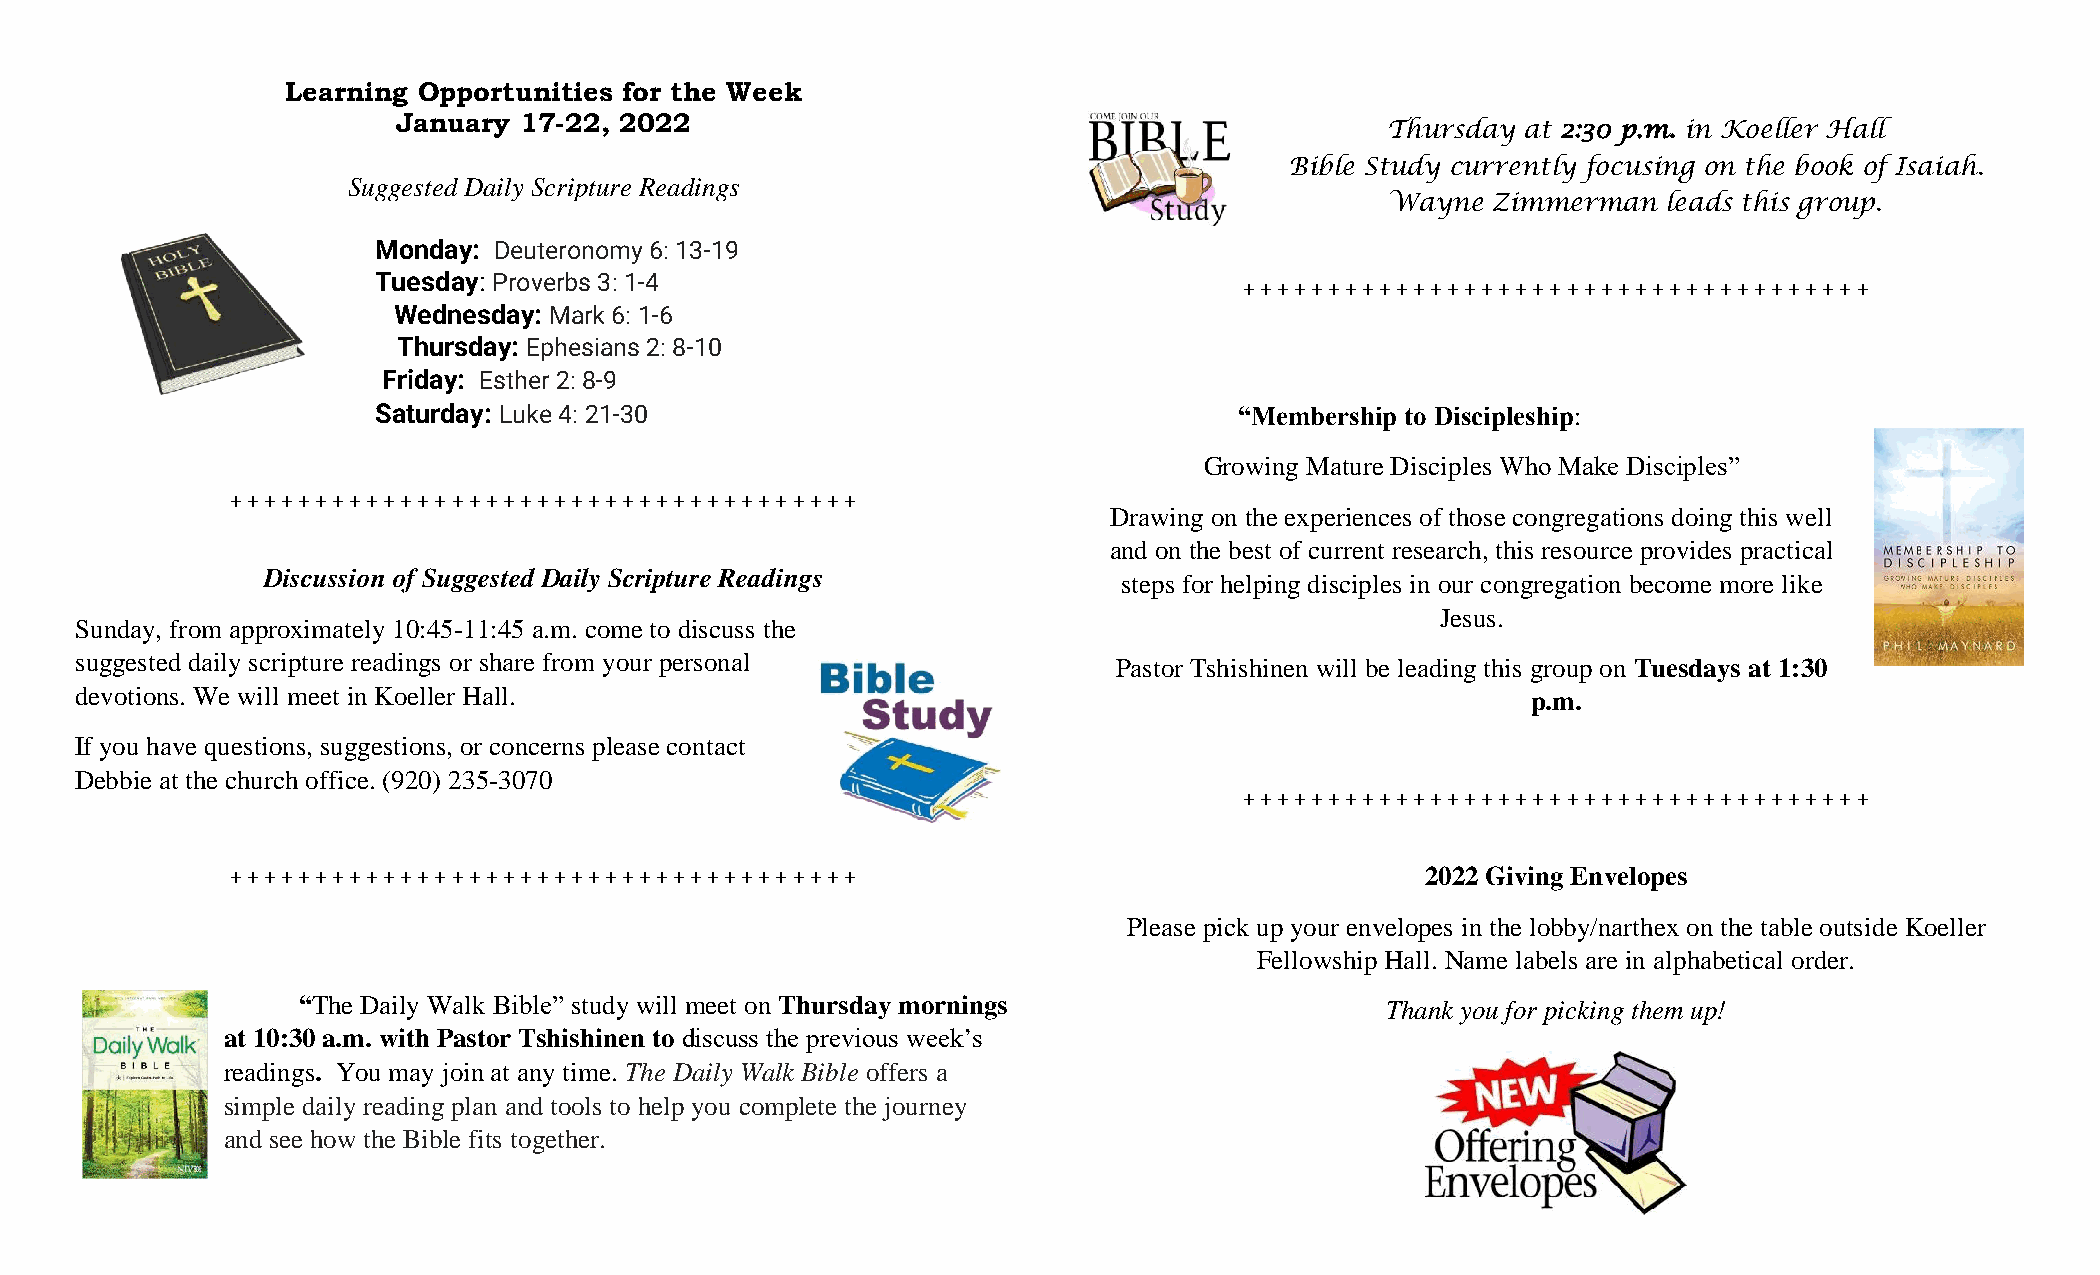
Learning Opportunities for the Week
 January 17-22, 2022
 Thursday at 2:30 p.m. in Koeller Hall
 Bible Study currently focusing on the book of Isaiah.
 Suggested Daily Scripture Readings
 Wayne  Zimmerman  leads this group.
 Monday: Deuteronomy 6: 13-19
 Tuesday: Proverbs 3: 1-4                                 + + + + + + + + + + + + + + + + + + + + + + + + + + + + + + + + + + + + +
 Wednesday: Mark 6: 1-6
 Thursday: Ephesians 2: 8-10
 Friday: Esther 2: 8-9
 Saturday: Luke 4: 21-30                                  “Membership to Discipleship:
 Growing Mature Disciples Who Make Disciples”
 + + + + + + + + + + + + + + + + + + + + + + + + + + + + + + + + + + + + +
 Drawing on the experiences of those congregations doing this well
 and on the best of current research, this resource provides practical
 Discussion of Suggested Daily Scripture Readings         steps for helping disciples in our congregation become more like
 Jesus.
 Sunday, from approximately 10:45-11:45 a.m. come to discuss the
 suggested daily scripture readings or share from your personal       Pastor Tshishinen will be leading this group on Tuesdays at 1:30
 devotions. We will meet in Koeller Hall.                                                        p.m.
 If you have questions, suggestions, or concerns please contact
 Debbie at the church office. (920) 235-3070
 + + + + + + + + + + + + + + + + + + + + + + + + + + + + + + + + + + + + +
 + + + + + + + + + + + + + + + + + + + + + + + + + + + + + + + + + + + + +      2022 Giving Envelopes
 Please pick up your envelopes in the lobby/narthex on the table outside Koeller
 Fellowship Hall. Name labels are in alphabetical order.
 “The Daily Walk Bible” study will meet on Thursday mornings             Thank you for picking them up!
 at 10:30 a.m. with Pastor Tshishinen to discuss the previous week’s
 readings. You may join at any time. The Daily Walk Bible offers a
 simple daily reading plan and tools to help you complete the journey
 and see how the Bible fits together.